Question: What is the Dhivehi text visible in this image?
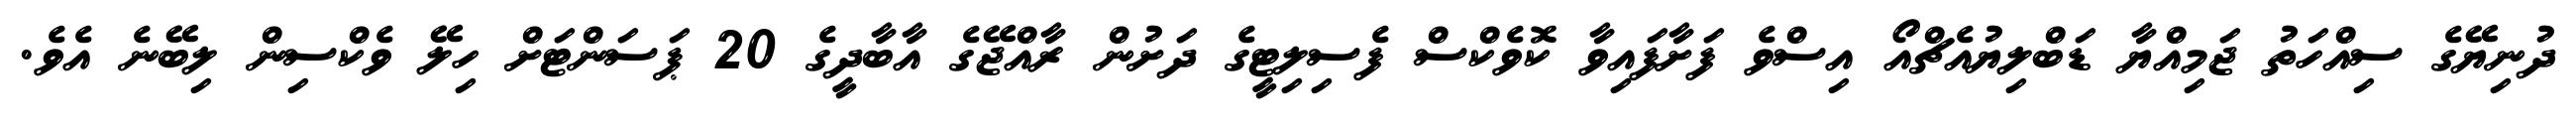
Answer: ދުނިޔޭގެ ސިއްހަތު ޖަމިއްޔާ ޑަބްލިޔުއެޗްއޯ އިސްވެ ފަށާފައިވާ ކޮވެކްސް ފެސިލިޓީގެ ދަށުން ރާއްޖޭގެ އާބާދީގެ 20 ޕަސަންޓަށް ހިލޭ ވެކްސިން ލިބޭނެ އެވެ.